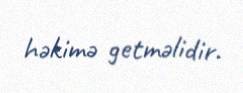
həkimə getməlidir.